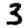
Digit: 3